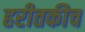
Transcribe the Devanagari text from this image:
हरीतकीच